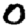
Digit: 0